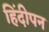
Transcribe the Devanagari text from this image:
हिंदीपन